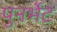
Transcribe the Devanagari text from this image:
पुनर्भेट